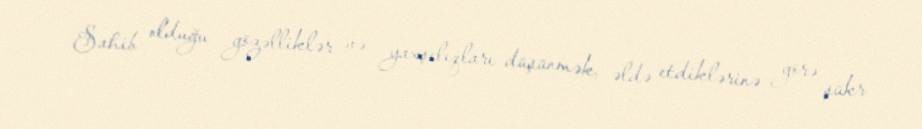
Sahib olduğu gözəlliklər və yaxşılıqları düşünmək, əldə etdiklərinə görə şükr